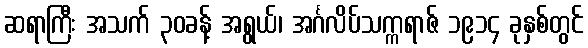
ဆရာကြီး အသက် ၃၀ခန့် အရွယ်၊ အင်္ဂလိပ်သက္ကရာဇ် ၁၉၁၄ ခုနှစ်တွင်